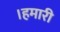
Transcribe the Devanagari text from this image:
।हमारी